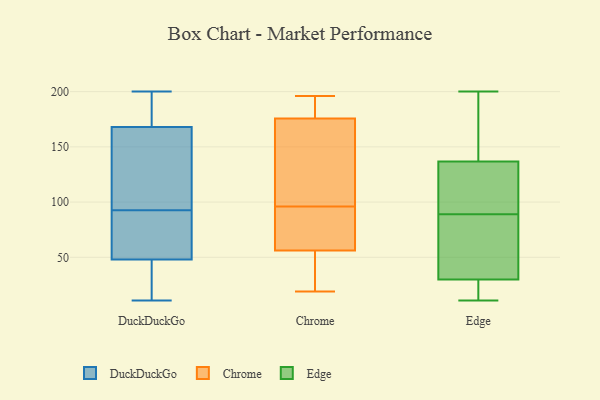
{"axis": {"x": "Operating Costs (USD K)", "y": "Value"}, "legend": ["Chrome", "DuckDuckGo", "Edge"], "data": [{"x": "", "y": 150, "type": "DuckDuckGo"}, {"x": "", "y": 40, "type": "DuckDuckGo"}, {"x": "", "y": 194, "type": "DuckDuckGo"}, {"x": "", "y": 82, "type": "DuckDuckGo"}, {"x": "", "y": 94, "type": "DuckDuckGo"}, {"x": "", "y": 168, "type": "DuckDuckGo"}, {"x": "", "y": 191, "type": "DuckDuckGo"}, {"x": "", "y": 11, "type": "DuckDuckGo"}, {"x": "", "y": 97, "type": "DuckDuckGo"}, {"x": "", "y": 46, "type": "DuckDuckGo"}, {"x": "", "y": 179, "type": "DuckDuckGo"}, {"x": "", "y": 73, "type": "DuckDuckGo"}, {"x": "", "y": 200, "type": "DuckDuckGo"}, {"x": "", "y": 48, "type": "DuckDuckGo"}, {"x": "", "y": 58, "type": "DuckDuckGo"}, {"x": "", "y": 91, "type": "DuckDuckGo"}, {"x": "", "y": 29, "type": "DuckDuckGo"}, {"x": "", "y": 158, "type": "DuckDuckGo"}, {"x": "", "y": 157, "type": "Chrome"}, {"x": "", "y": 148, "type": "Chrome"}, {"x": "", "y": 63, "type": "Chrome"}, {"x": "", "y": 96, "type": "Chrome"}, {"x": "", "y": 86, "type": "Chrome"}, {"x": "", "y": 196, "type": "Chrome"}, {"x": "", "y": 123, "type": "Chrome"}, {"x": "", "y": 39, "type": "Chrome"}, {"x": "", "y": 192, "type": "Chrome"}, {"x": "", "y": 182, "type": "Chrome"}, {"x": "", "y": 19, "type": "Chrome"}, {"x": "", "y": 78, "type": "Chrome"}, {"x": "", "y": 54, "type": "Chrome"}, {"x": "", "y": 33, "type": "Chrome"}, {"x": "", "y": 192, "type": "Chrome"}, {"x": "", "y": 15, "type": "Edge"}, {"x": "", "y": 11, "type": "Edge"}, {"x": "", "y": 54, "type": "Edge"}, {"x": "", "y": 89, "type": "Edge"}, {"x": "", "y": 48, "type": "Edge"}, {"x": "", "y": 108, "type": "Edge"}, {"x": "", "y": 148, "type": "Edge"}, {"x": "", "y": 24, "type": "Edge"}, {"x": "", "y": 200, "type": "Edge"}, {"x": "", "y": 137, "type": "Edge"}, {"x": "", "y": 136, "type": "Edge"}]}